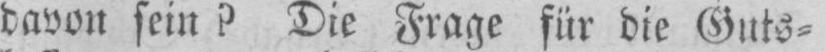
davon sein? Die Frage für die Guts⸗